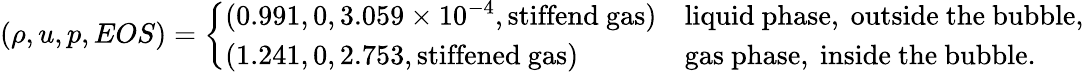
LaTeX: \left(\rho,u,p,EOS\right)=\left\{ \begin{array}{ll}{(0.991,0,3.059\times 10^{-4},\mathrm{stiffend~gas})}&{\mathrm{liquid~phase,~outside~the~bubble,}}\\ {(1.241,0,2.753,\mathrm{stiffened~gas})}&{\mathrm{gas~phase,~inside~the~bubble.}}\end{array}\right.